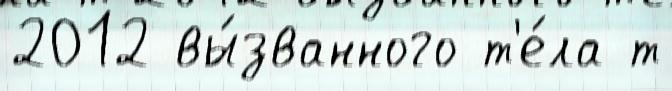
2012 вы́званного т'е́ла т